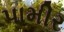
પામીર